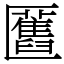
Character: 匶